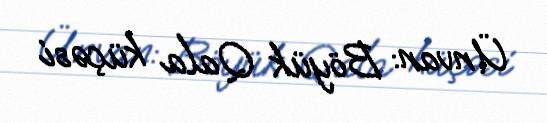
Ünvan: Böyük Qala küçəsi